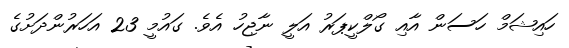
ހައިޝަމް ހަސަން އާއި ގޯލްކީޕަރު އަލީ ނާޖިހު އެވެ. ގައުމީ 23 އަހަރުންދަށުގެ